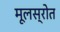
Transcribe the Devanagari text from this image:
मूलस्रोत